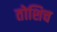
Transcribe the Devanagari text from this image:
तोशिच